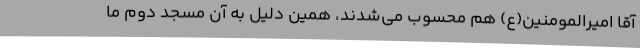
آقا امیرالمومنین(ع) هم محسوب می‌شدند، همین دلیل به آن مسجد دوم ما